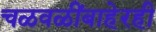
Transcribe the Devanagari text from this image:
चळवळींबाहेरही